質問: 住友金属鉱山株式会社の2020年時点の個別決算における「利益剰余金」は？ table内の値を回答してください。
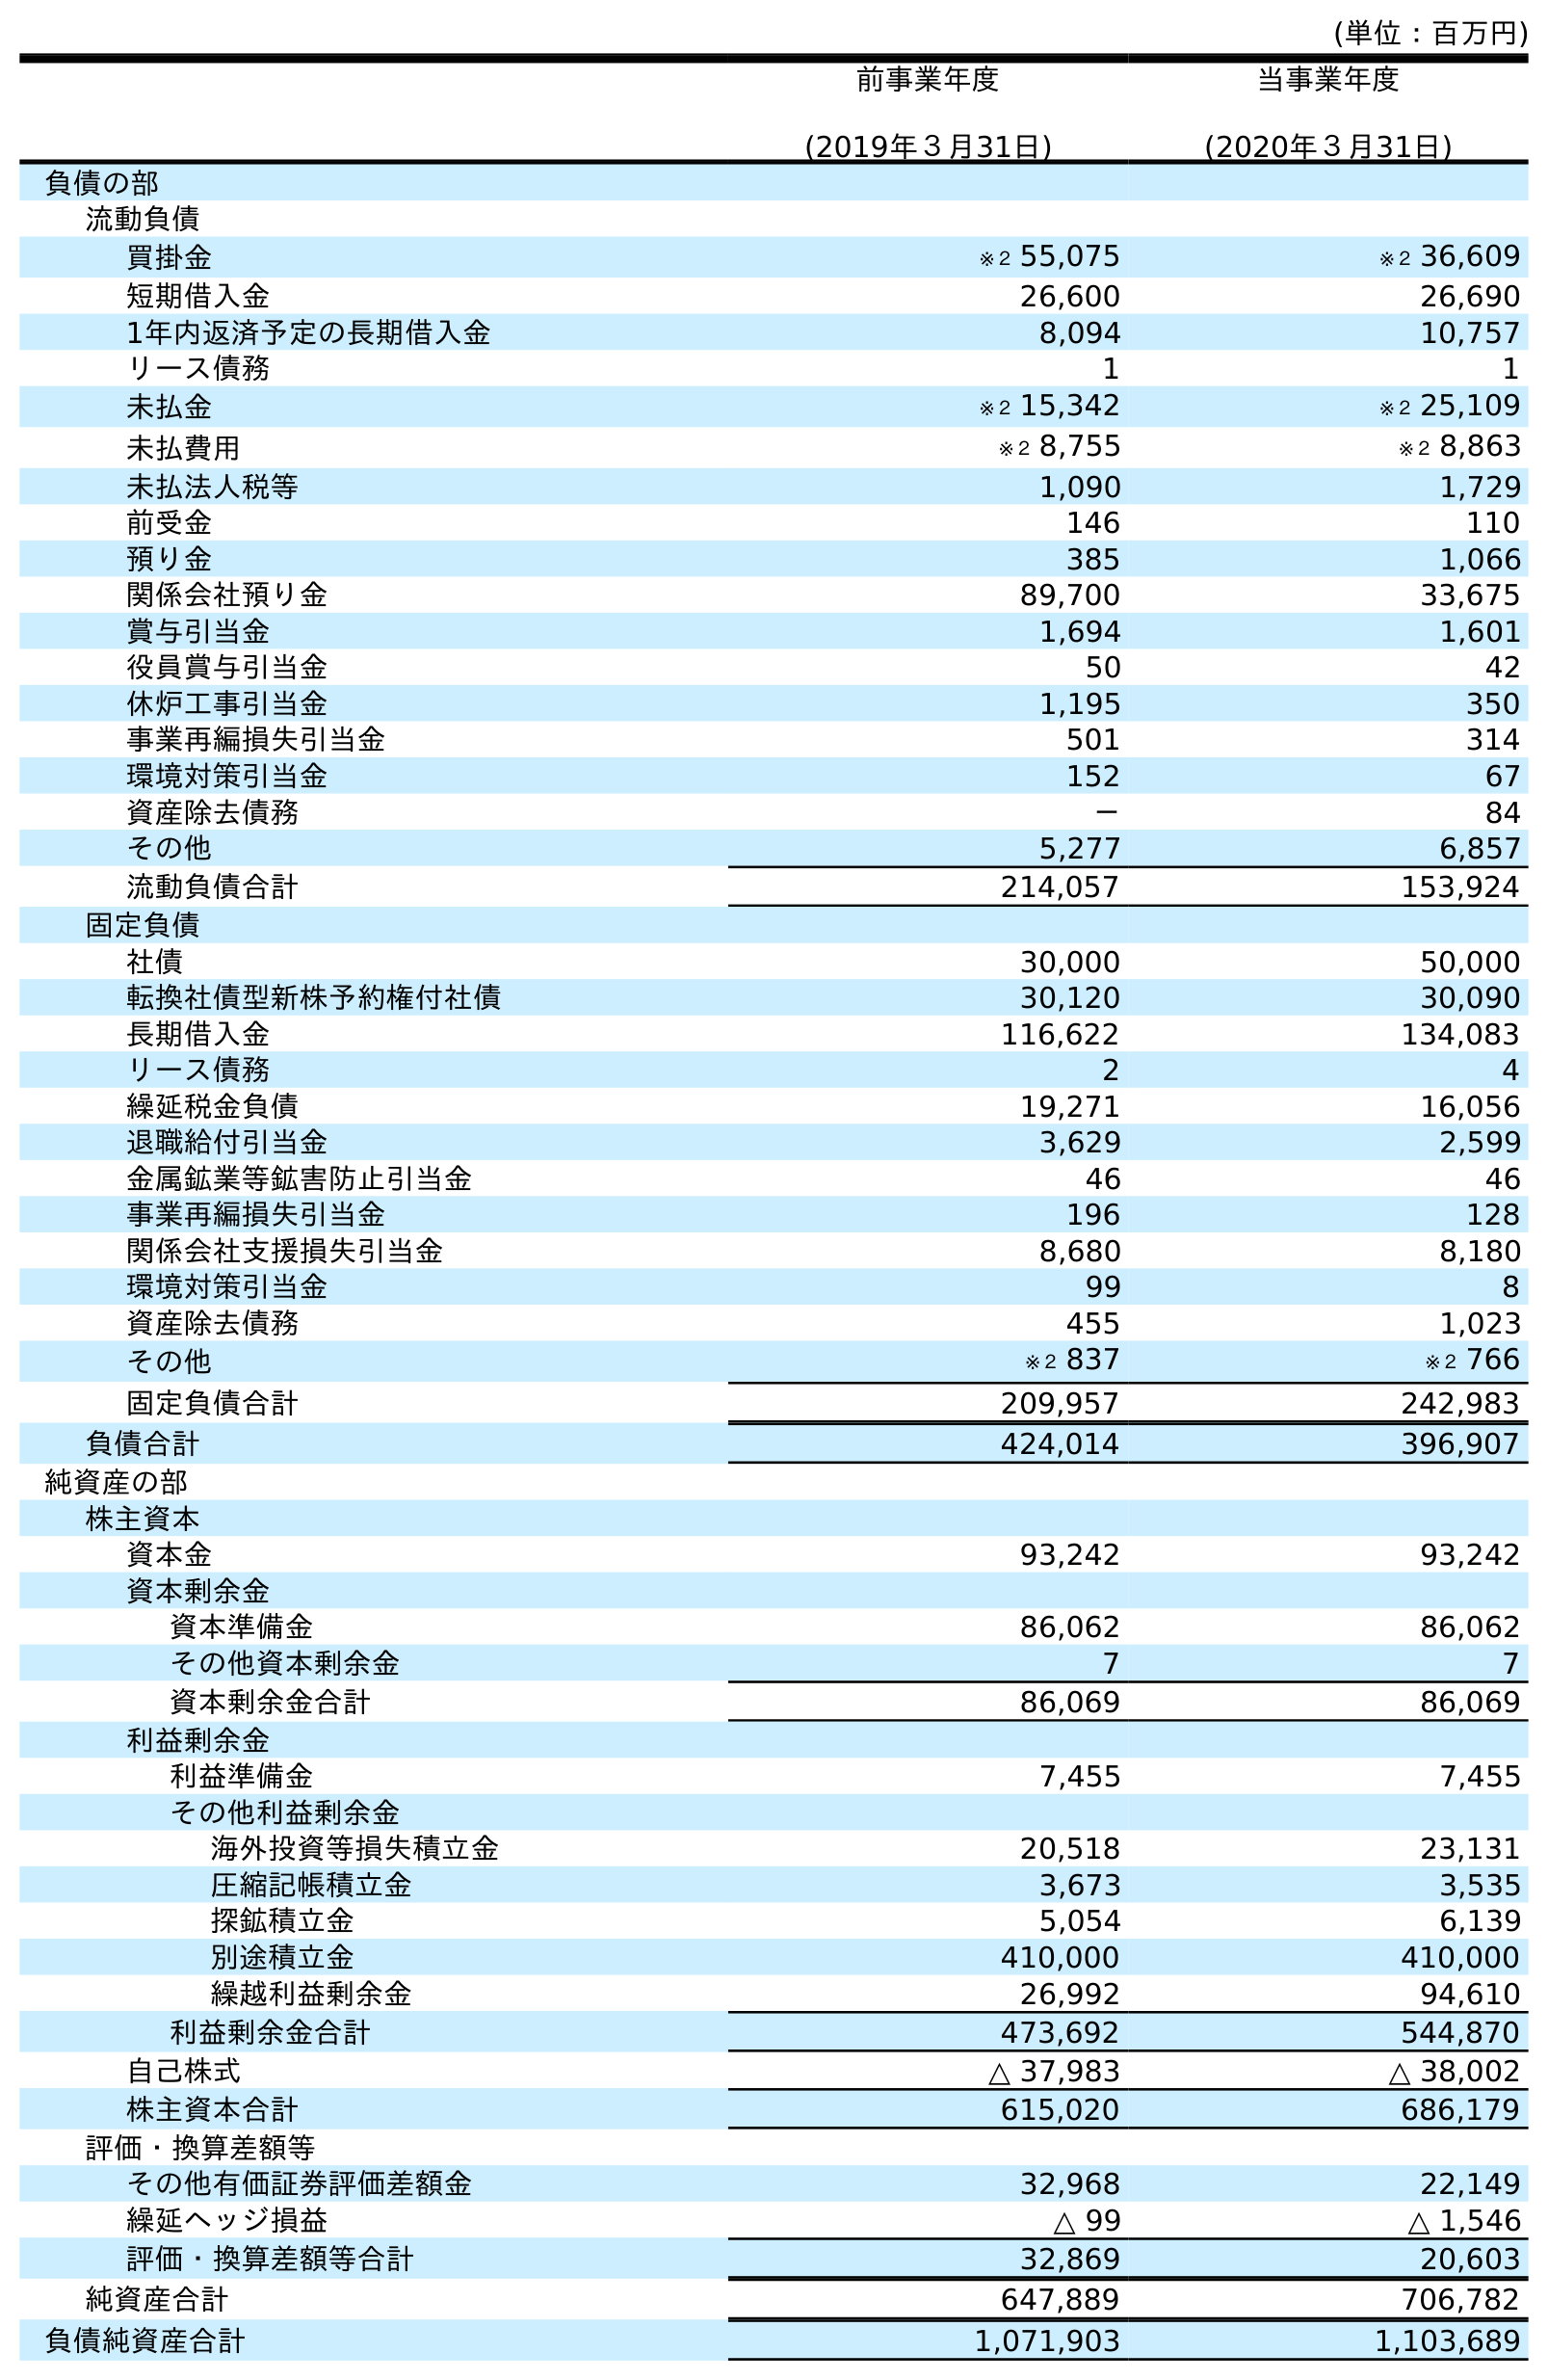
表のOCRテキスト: (単位：百万円) 前事業年度 (2019年３月31日) 当事業年度 (2020年３月31日) 負債の部 流動負債 買掛金 ※２ 55,075 ※２ 36,609 短期借入金 26,600 26,690 1年内返済予定の長期借入金 8,094 10,757 リース債務 1 1 未払金 ※２ 15,342 ※２ 25,109 未払費用 ※２ 8,755 ※２ 8,863 未払法人税等 1,090 1,729 前受金 146 110 預り金 385 1,066 関係会社預り金 89,700 33,675 賞与引当金 1,694 1,601 役員賞与引当金 50 42 休炉工事引当金 1,195 350 事業再編損失引当金 501 314 環境対策引当金 152 67 資産除去債務 － 84 その他 5,277 6,857 流動負債合計 214,057 153,924 固定負債 社債 30,000 50,000 転換社債型新株予約権付社債 30,120 30,090 長期借入金 116,622 134,083 リース債務 2 4 繰延税金負債 19,271 16,056 退職給付引当金 3,629 2,599 金属鉱業等鉱害防止引当金 46 46 事業再編損失引当金 196 128 関係会社支援損失引当金 8,680 8,180 環境対策引当金 99 8 資産除去債務 455 1,023 その他 ※２ 837 ※２ 766 固定負債合計 209,957 242,983 負債合計 424,014 396,907 純資産の部 株主資本 資本金 93,242 93,242 資本剰余金 資本準備金 86,062 86,062 その他資本剰余金 7 7 資本剰余金合計 86,069 86,069 利益剰余金 利益準備金 7,455 7,455 その他利益剰余金 海外投資等損失積立金 20,518 23,131 圧縮記帳積立金 3,673 3,535 探鉱積立金 5,054 6,139 別途積立金 410,000 410,000 繰越利益剰余金 26,992 94,610 利益剰余金合計 473,692 544,870 自己株式 △ 37,983 △ 38,002 株主資本合計 615,020 686,179 評価・換算差額等 その他有価証券評価差額金 32,968 22,149 繰延ヘッジ損益 △ 99 △ 1,546 評価・換算差額等合計 32,869 20,603 純資産合計 647,889 706,782 負債純資産合計 1,071,903 1,103,689
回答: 544,870